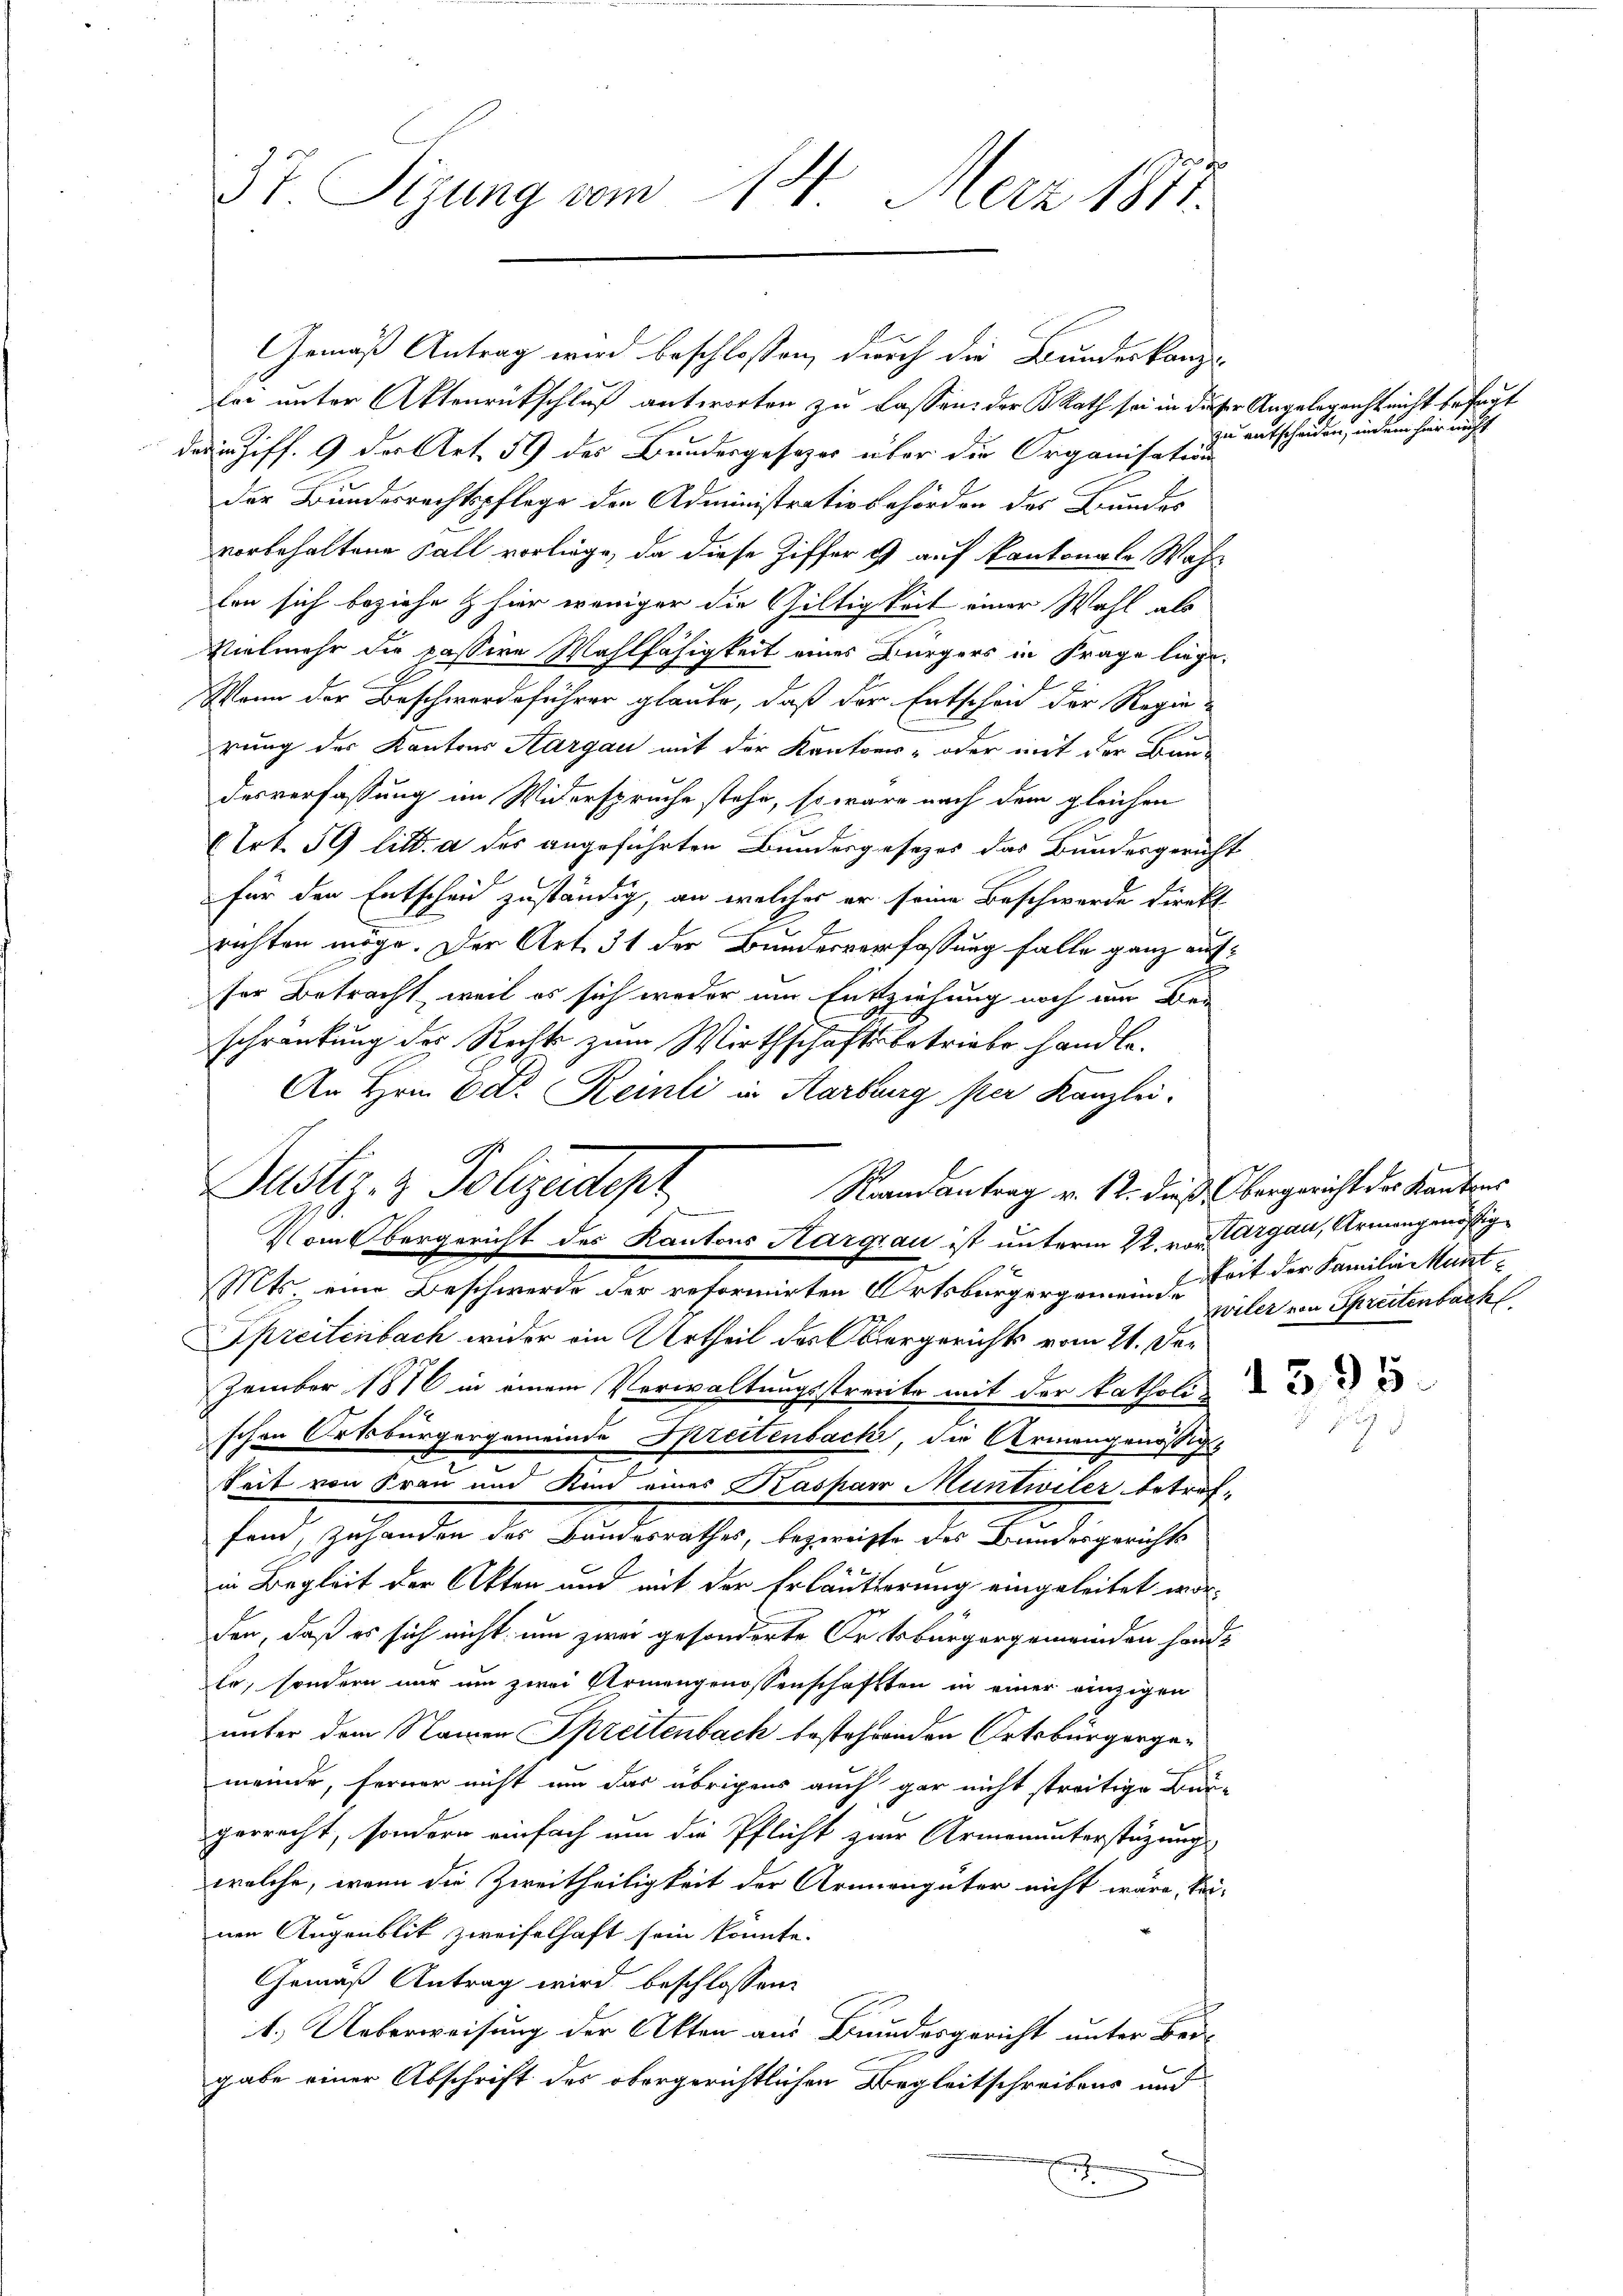
37. Tigung vom 18. Merz 1871.

Gemäß Antrag wird beschlossen, durch die Bundeskanzlei unter Aktenrückschluß antworten zu lassen, der Rath sei in dieser Angelegenstricht befaut
der in Ziff. 9 der Art. 59 des Bundesgesezes über die Organisation
der Bundesrechtspflege den Administrativbehörden des Bundes
vorbehaltene Fall vorliege, da diese Ziffer & auf kantonale Wahr
fen sich beziehe & hier weniger die Gültigkeit einer Wahl als
Vielmehr die passive Wahlfähigkeit eines Bürgers in Frage liege.
Wenn der Beschwerdeführer glaube, daß der Entscheid der Regie-
rung des Kantons Aargau mit der Kantons- oder mit der Bau-
desverfassung im Widerspruche stehe, so wäre nach dem gleichen
Trt. 59 lit. a des angeführten Bundesgesezes das Bundesgericht
für den Entscheid zuständig, an welches er seine Beschwerde direkt
richten möge. Der Art. 31 der Bundesverfassung falle ganz auf
ser Betracht, weil es sich weder um Entziehung noch um Bei
schränkung des Rechts zum Wirthschaftsbetriebe handle.
An Hrn. Ed. Reinli in Karburg per Kanzlei.

Justiz- & Polizeidepr
Raandantrag v. 12. dieß. Obergericht der Kantons
.
Vom Obergericht des Kantons Kargau ist unterm 22. von Aargau, Armangenössig¬

zu entscheiden, indem hier nicht

wiler von Sprectenbach

Mts. eine Beschwerde der reformirten Ortsbürgergemeinde Zeit der Familie kant¬
Spreitenbach wider ein Urtheil des Obergerichts vom 21. Der
zember 1876 in einem Verwaltungsstreite mit der katholi
schen Ortsbürgergemeinde Spreitenbach, die Armengenössige
keit von Frau und Kind eines Kaspar Muntwiler beträffand, zuhanden des Bandesrathes, bezweiffe des Bundesgerichts
in Begleit der Akten und mit der Erläuterung eingeleitet worden, daß es sich nicht um zwei gesonderte Ortsbürgergemeinden hanle, sondern nur um zwei Armengenossenschafften in einer einzigen
unter dem Namen Spreitenbach bestehrenden Ortsbürgergemeinde, ferner nicht um das übrigens auch gar nicht streitige Bun-
gerrecht, sondern einfach um die Pflicht zur Armenunterstüzung
welche, wenn die Zweitheiligkeit der Armengüter nicht wäre, Sei-
nen Augenblit zweifelhaft sein könnte.
Gemäß Antrag wird beschlossen:
1.) Ueberweisung der Akten aus Brundesgericht unter Bei-
gabe einer Abschrift des obergerichtlichen Begleitschreibens und